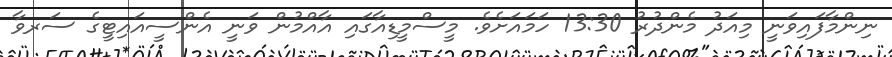
ނިންމާފައިވަނީ މިއަދު މެންދުރު 13:30 ހަމައަށެވެ. މީސްމީޑިއާގައި އާއްމުން ވަނީ އެންސީއައިޓީގެ ސަރވާ